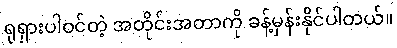
ရုရှားပါဝင်တဲ့ အတိုင်းအတာကို ခန့်မှန်းနိုင်ပါတယ်။